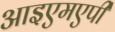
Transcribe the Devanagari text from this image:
आइएमएपी